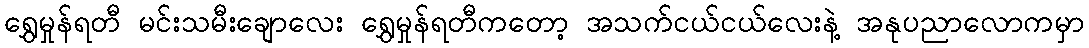
ရွှေမှုန်ရတီ မင်းသမီးချောလေး ရွှေမှုန်ရတီကတော့ အသက်ငယ်ငယ်လေးနဲ့ အနုပညာလောကမှာ